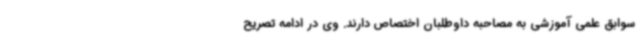
سوابق علمی آموزشی به مصاحبه داوطلبان اختصاص دارند. وی در ادامه تصریح